Document type: Emphyteutic lease
Year: 1283
Scribe: Pere Marquès
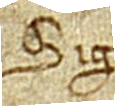
Sig